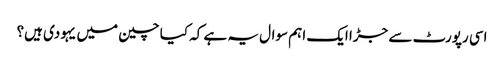
اسی رپورٹ سے جڑا ایک اہم سوال یہ ہے کہ کیا چین میں یہودی ہیں؟